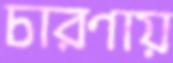
চারণায়